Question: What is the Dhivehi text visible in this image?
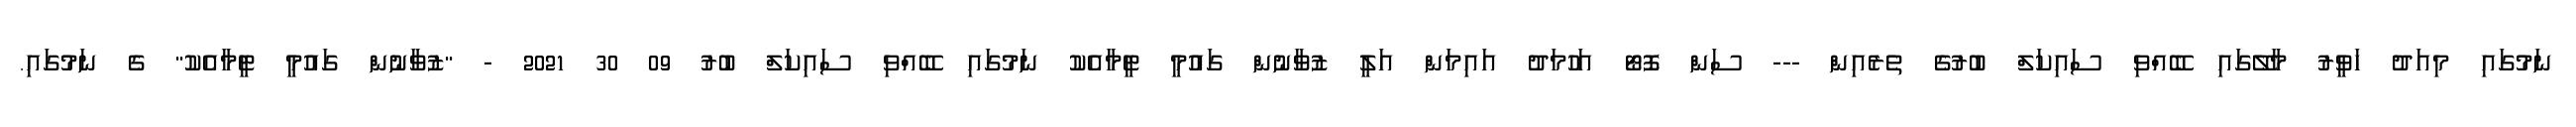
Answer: ނަމުގައި މިއަދު ހަވީރު މާލޭގައި ބޭއްވި ސައިކަލް ބުރުގެ ތެރެއިން --- ސަން ފޮޓޯ އަހުމަދު އައިމަން އަލީ ޒުވާނުން ގައުމީ ޓީމާއެކު ނަމުގައި ބޭއްވި ސައިކަލް ބުރު 09 30 2021 - "ޒުވާނުން ގައުމީ ޓީމާއެކު" ގެ ނަމުގައި.